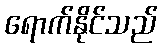
ရောက်နိုင်သည်